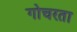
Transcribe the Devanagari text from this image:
गोचरता